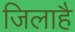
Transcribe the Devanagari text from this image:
जिलाहै